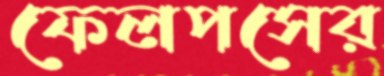
ফেলপসের